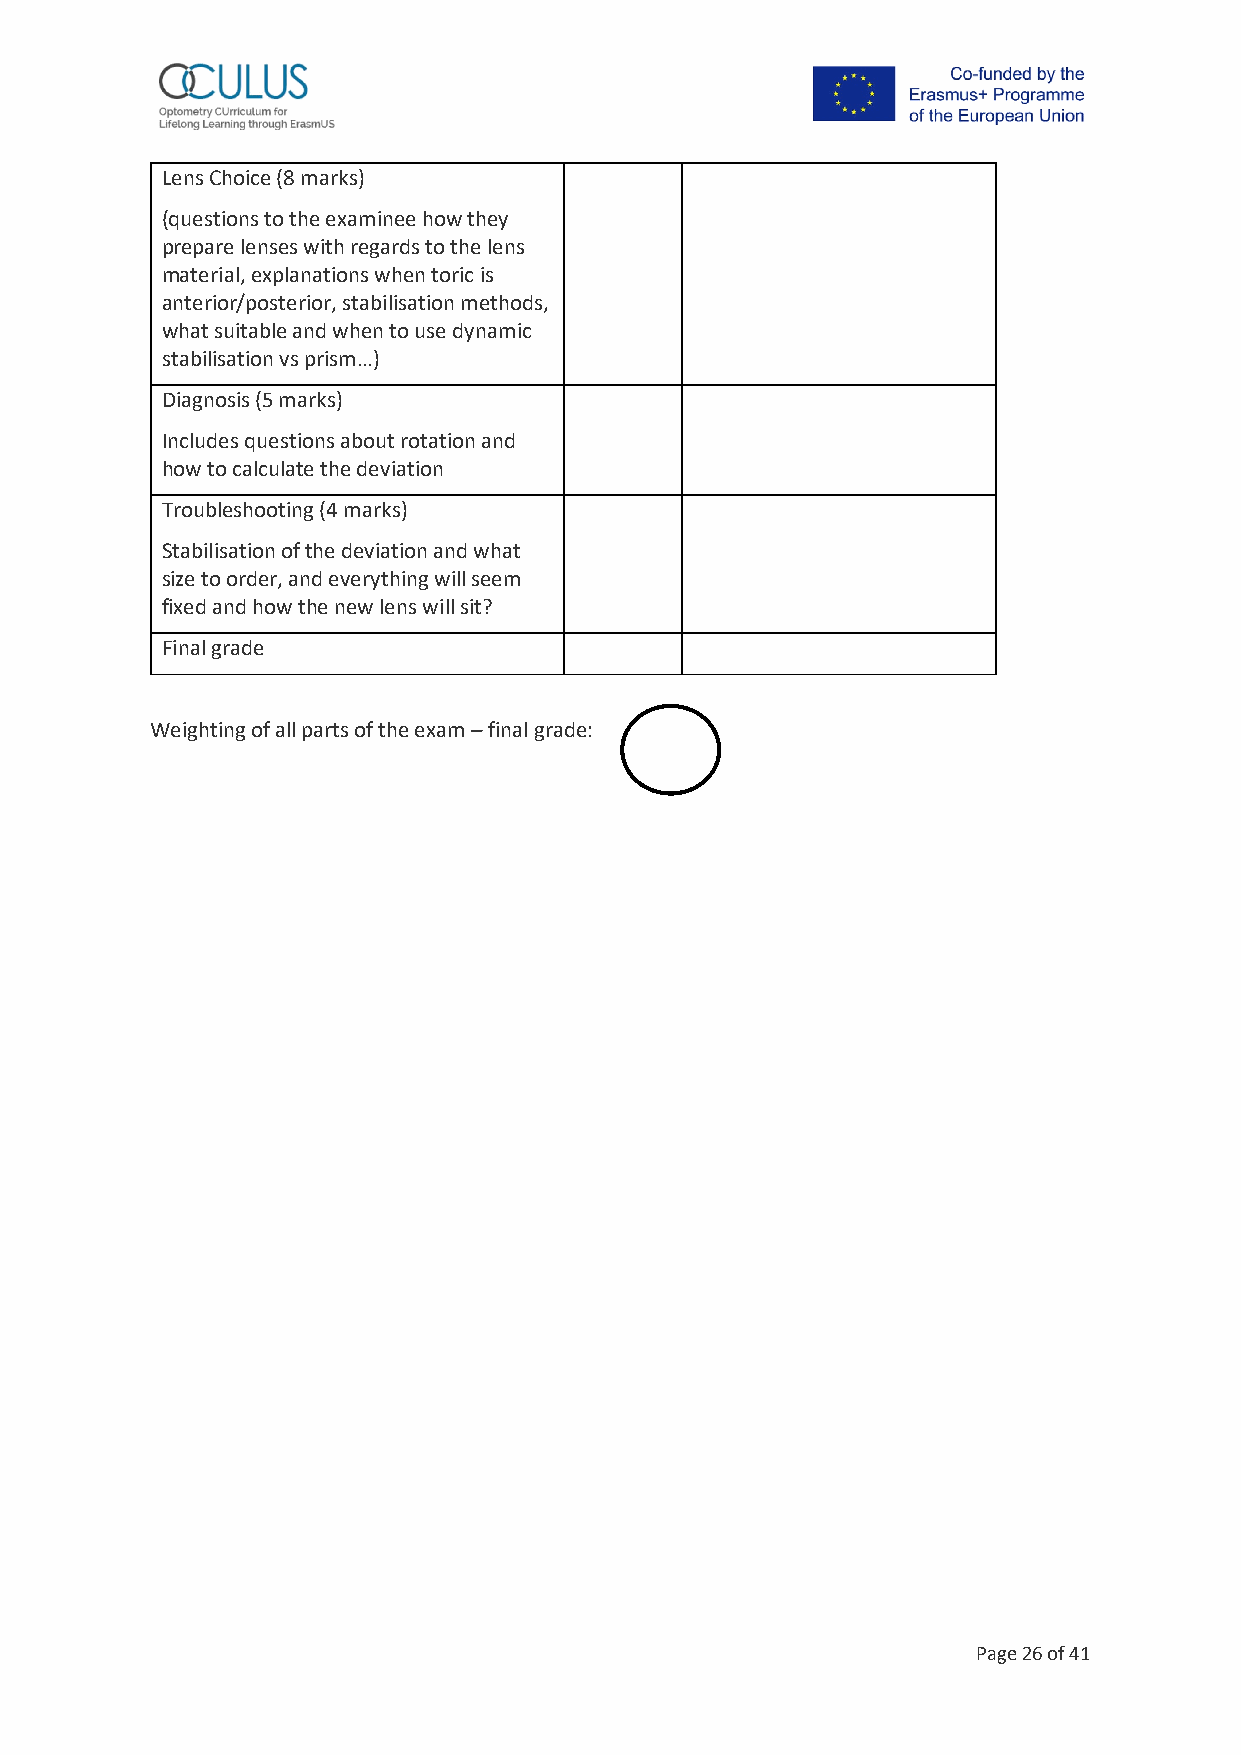
Lens Choice (8 marks)
 (questions to the examinee how they
 prepare lenses with regards to the lens
 material, explanations when toric is
 anterior/posterior, stabilisation methods,
 what suitable and when to use dynamic
 stabilisation vs prism…)
 Diagnosis (5 marks)
 Includes questions about rotation and
 how to calculate the deviation
 Troubleshooting (4 marks)
 Stabilisation of the deviation and what
 size to order, and everything will seem
 fixed and how the new lens will sit?
 Final grade
 Weighting of all parts of the exam – final grade:
 Page 26 of 41